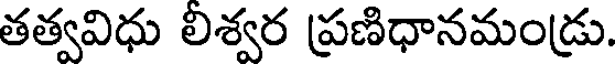
తత్వవిధు లిశ్వర ప్రణిధానమండ్రు.